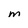
Character: m